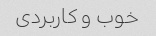
خوب و کاربردی